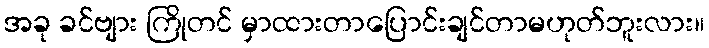
အခု ခင်ဗျား ကြိုတင် မှာထားတာပြောင်းချင်တာမဟုတ်ဘူးလား။